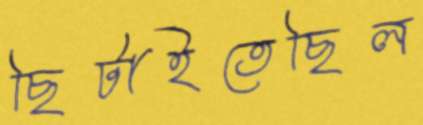
ছিটাইতেছিল